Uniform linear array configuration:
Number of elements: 12
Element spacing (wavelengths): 0.5
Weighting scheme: uniform
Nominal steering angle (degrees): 15
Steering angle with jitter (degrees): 16.079
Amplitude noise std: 0.05
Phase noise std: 0.05

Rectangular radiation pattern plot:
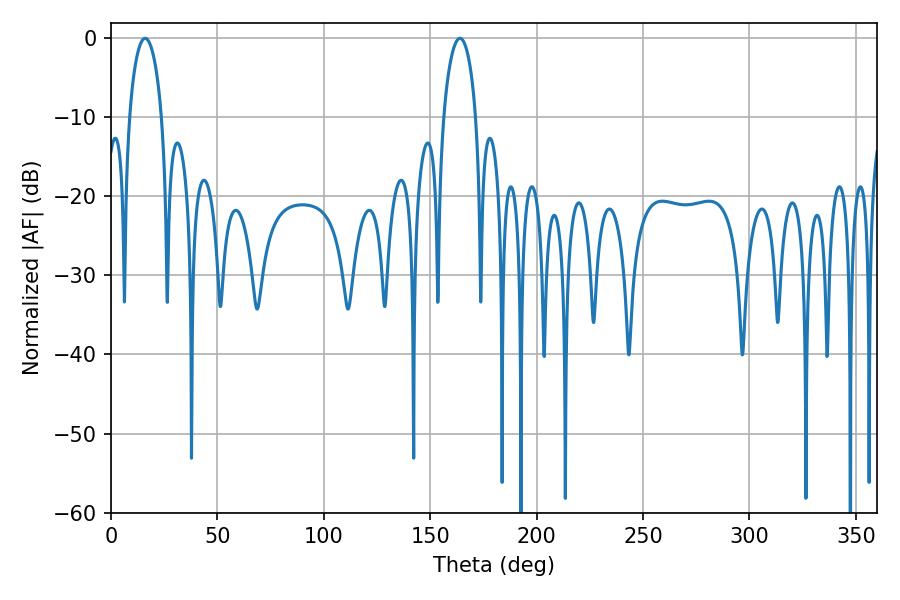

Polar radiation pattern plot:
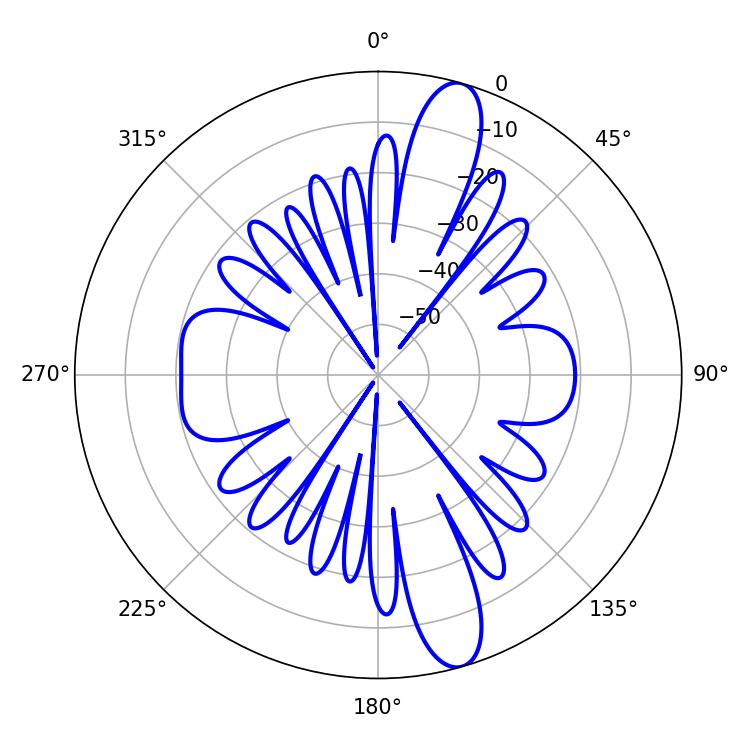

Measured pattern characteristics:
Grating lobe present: FALSE
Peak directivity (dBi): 13.422
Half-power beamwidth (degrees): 8.82
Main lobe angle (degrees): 16.02